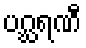
ပဂ္ဃရဏီ